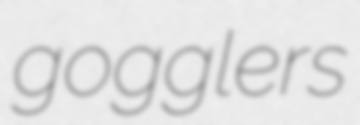
gogglers